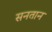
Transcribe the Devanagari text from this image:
सनतान